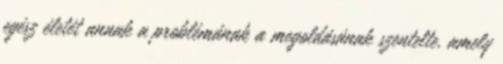
egész életét annak a problémának a megoldásának szentelte, amely